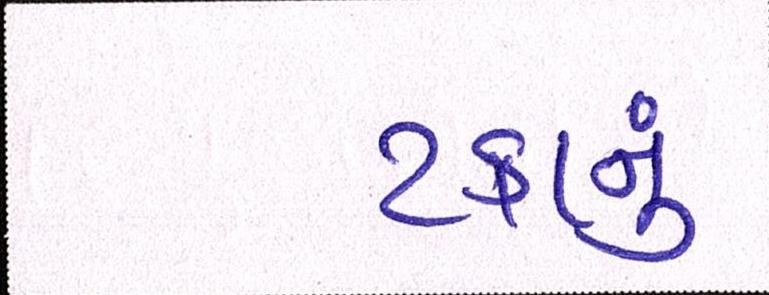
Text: ટકાનું